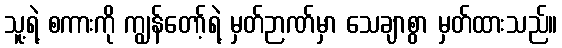
သူ့ရဲ့ စကားကို ကျွန်တော့်ရဲ့ မှတ်ဉာဏ်မှာ သေချာစွာ မှတ်ထားသည်။